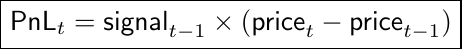
\begin{equation*}\boxed{\textsf{PnL}_t = \textsf{signal}_ {t-1}\times(\textsf{price}_t - \textsf{price}_{t-1})}
\label{linear relation equation}\end{equation*}